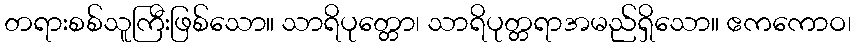
တရားစစ်သူကြီးဖြစ်သော။ သာရိပုတ္တော၊ သာရိပုတ္တရာအမည်ရှိသော။ ဧကကောဝ၊